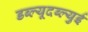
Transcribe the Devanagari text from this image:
डब्ल्यूदब्ल्युई